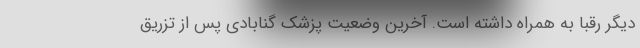
دیگر رقبا به همراه داشته است. آخرین وضعیت پزشک گنابادی پس از تزریق